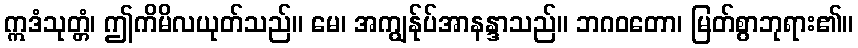
ဣဒံသုတ္တံ၊ ဤကိမိလယုတ်သည်။ မေ၊ အကျွန်ုပ်အာနန္ဒာသည်။ ဘဂဝတော၊ မြတ်စွာဘုရား၏။